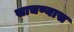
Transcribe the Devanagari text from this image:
साचण्यास